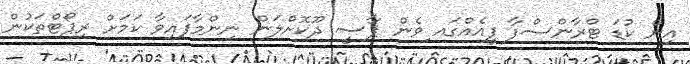
އިން ކުޑަ ޓްރާންސްފާ ފީއެއްގައ ިވެން ޕާސީ ދޫކޮށްލަން ނިންމާފައިވާ ކަމަށް ރިޕޯޓްތަކުން